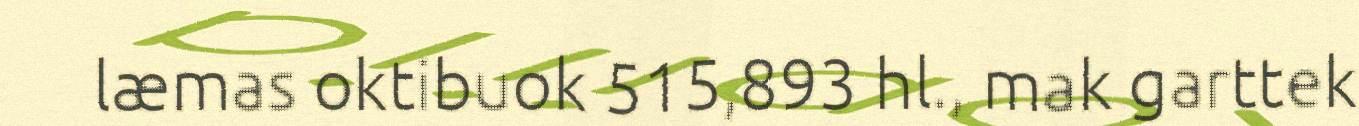
læmas oktibuok 515,893 hl., mak garttek